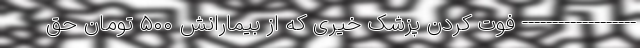
------------------- فوت کردن پزشک خیری که از بیمارانش ۵۰۰ تومان حق